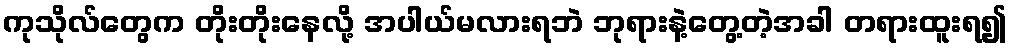
ကုသိုလ်တွေက တိုးတိုးနေလို့ အပါယ်မလားရဘဲ ဘုရားနဲ့တွေ့တဲ့အခါ တရားထူးရ၍